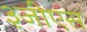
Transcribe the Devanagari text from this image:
३जीएस